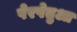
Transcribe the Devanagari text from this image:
पेरपेतुआ